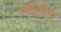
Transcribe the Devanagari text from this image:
सौरीय